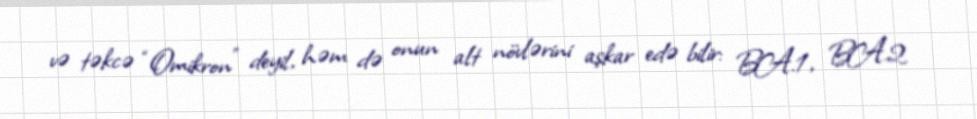
və təkcə “Omikron” deyil, həm də onun alt növlərini aşkar edə bilir: BA.1, BA.2